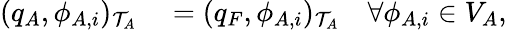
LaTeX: \begin{array}{rl}{(q_{A},\phi_{A,i})_{\mathcal{T}_{A}}}&{{}=(q_{F},\phi_{A,i})_{\mathcal{T}_{A}}\quad\forall\phi_{A,i}\in V_{A},}\end{array}